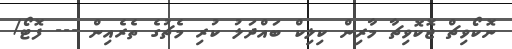
ނޮކޯވިޗް ޖޮކޮވިޗާ މާރިން ކިލިކް ބައްދަލު ކުރި މެޗުގެ ތެރެއިން --- ފޮޓޯ/